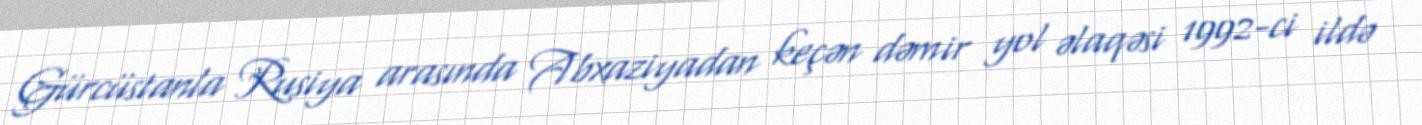
Gürcüstanla Rusiya arasında Abxaziyadan keçən dəmir yol əlaqəsi 1992-ci ildə